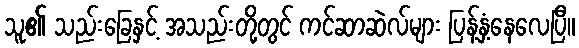
သူ၏ သည်းခြေနှင့် အသည်းတို့တွင် ကင်ဆာဆဲလ်များ ပြန့်နှံ့နေလေပြီ။